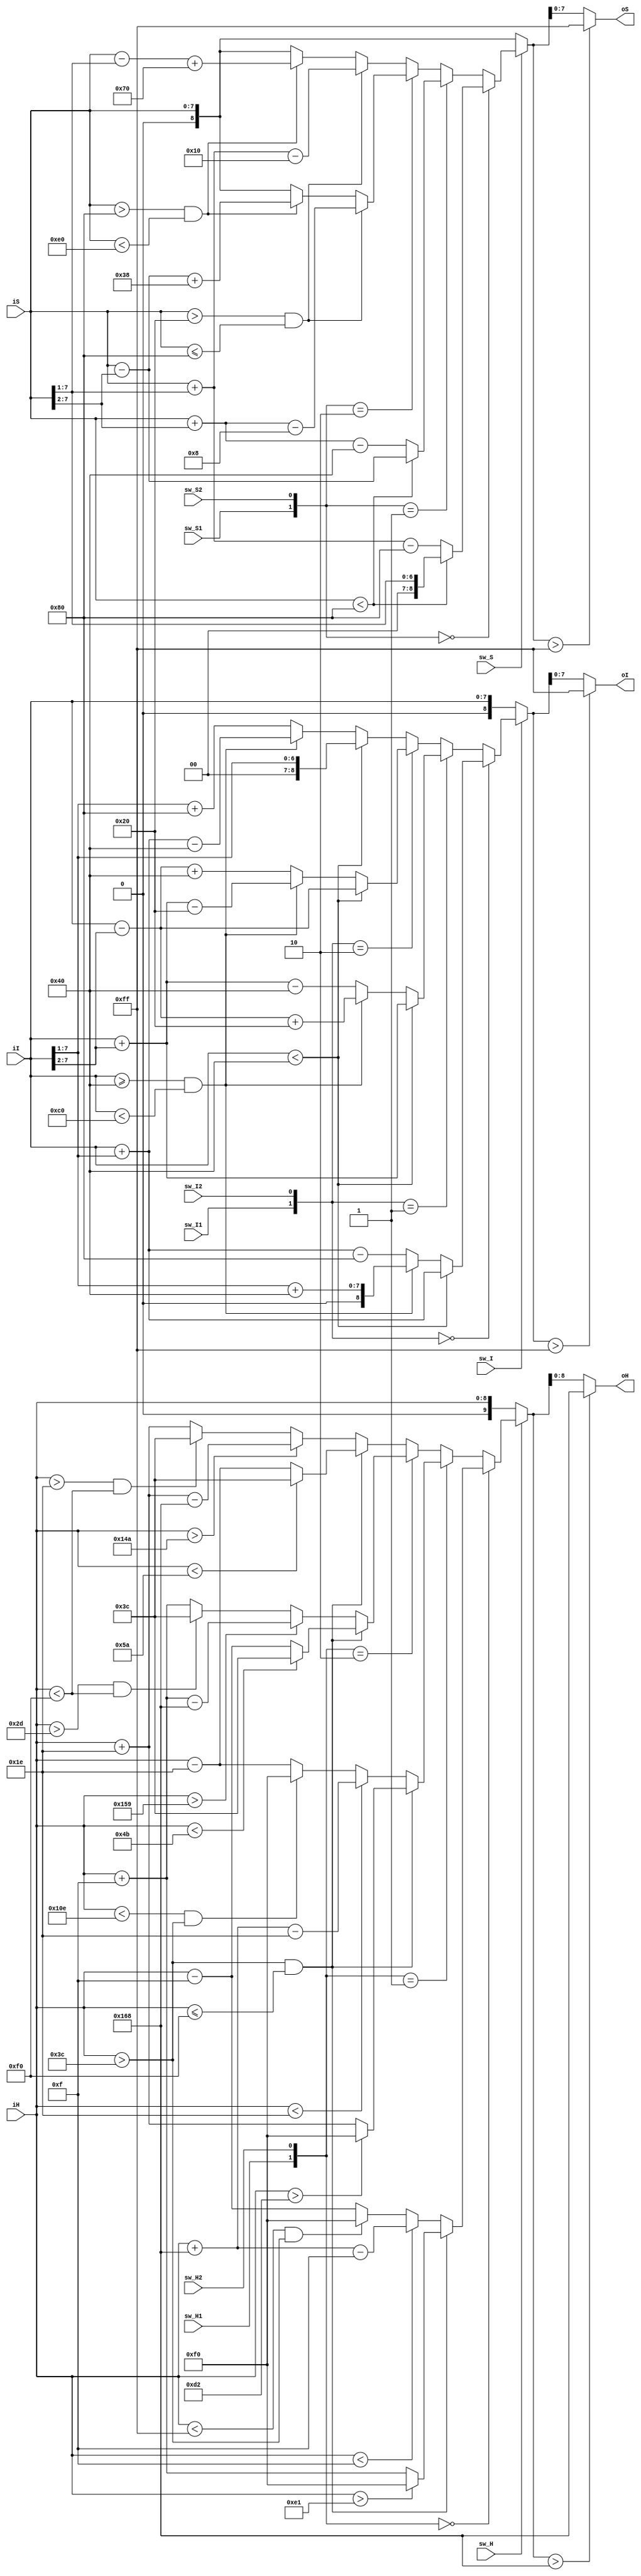
module HSI2HSI_ALL(
	iH,
	iS,
	iI,
	sw_H,
	sw_H1,
	sw_H2,
	sw_S,
	sw_S1,
	sw_S2,
	sw_I,
	sw_I1,
	sw_I2,
	oH,
	oS,
	oI
);
input		[8:0]	iH;
input		[7:0]	iS;
input		[7:0]	iI;
input               sw_H;
input               sw_H1;
input               sw_H2;
input               sw_S;
input               sw_S1;
input               sw_S2;
input               sw_I;
input               sw_I1;
input               sw_I2;
output      [8:0]   oH;
output      [7:0]   oS;
output      [7:0]   oI;

reg [9:0] oH_w;
reg [8:0] oS_w;
reg [8:0] oI_w;

localparam H_LEVEL1 = 15;
localparam H_LEVEL2 = 30;

assign oH = (oH_w > 360) ? 360 : oH_w[8:0]; 
assign oS = (oS_w > 255) ? 255 : oS_w[7:0];
assign oI = (oI_w > 255) ? 255 : oI_w[7:0];


always @(*) begin
	if(sw_H)begin
		if({sw_H1,sw_H2} == 2'b00)begin
			if(iH > 60 && iH <=240)begin
				oH_w = (iH>(240-H_LEVEL1)) ? 240 : (iH + H_LEVEL1);
			end // if(iH > 60 && iH <=240)
			else begin
				oH_w = (iH < H_LEVEL1) ? (iH+360-H_LEVEL1) : (iH<(240+H_LEVEL1) && iH > 60) ? 240 : (iH - H_LEVEL1); 
			end // else
		end // if({sw_H1,sw_H2} == 2'b00)
		else if({sw_H1,sw_H2} == 2'b01)begin
			if(iH > 60 && iH <=240)begin
				oH_w = (iH>(240-H_LEVEL2)) ? 240 : (iH + H_LEVEL2);
			end // if(iH > 60 && iH <=240)
			else begin
				oH_w = (iH < H_LEVEL2) ? (iH+360-H_LEVEL2) : (iH<(240+H_LEVEL2) && iH > 60) ? 240 : (iH - H_LEVEL2); 
			end // else
		end // if({sw_H1,sw_H2} == 2'b01)
		else if({sw_H1,sw_H2} == 2'b10)begin
			if(iH > 60 && iH <=240)begin
				oH_w = (iH<(60+H_LEVEL1))? 60 : (iH - H_LEVEL1) ;
			end // if(iH > 60 && iH <=240)
			else begin
				oH_w = (iH>(360-H_LEVEL1)) ? (iH + H_LEVEL1 - 360) : (iH>(60-H_LEVEL1) && iH < 240) ? 60 : iH + H_LEVEL1; 
			end // else
		end // else if({sw_H1,sw_H2} == 2'b10)	
		else begin
			if(iH > 60 && iH <=240)begin
				oH_w = (iH<(60+H_LEVEL2))? 60 : (iH - H_LEVEL2) ;
			end // if(iH > 60 && iH <=240)
			else begin
				oH_w = (iH>(360-H_LEVEL2)) ? (iH + H_LEVEL2 - 360) : (iH>(60-H_LEVEL2) && iH < 240) ? 60 : iH + H_LEVEL2; 
			end // else
		end // else

	end // if(sw_H)
	else begin
		oH_w = iH;
	end // else

	if(sw_S) begin
		if({sw_S1,sw_S2}==2'b00)begin
			oS_w = (iS<128) ? (iS >> 1) : (iS + (iS >> 1) - 128);
		end // if({sw_S1,sw_S2}==2'b00)
		else if({sw_S1,sw_S2}==2'b01)begin
			oS_w = (iS<128) ? (iS - (iS >> 2)) : (iS + (iS >> 2) - 64);
		end // else if({sw_S1,sw_S2}==2'b01)
		else if({sw_S1,sw_S2}==2'b10)begin
			oS_w = (iS>32 && iS<=128)?(iS + (iS >> 2) - 8) : (iS>128 && iS<224) ? (iS - (iS >> 2) + 56) : iS;
		end // else if({sw_S1,sw_S2}==2'b10)
		else begin
			oS_w = (iS>32 && iS<=128)?(iS + (iS >> 1) - 16) : (iS>128 && iS<224) ? (iS - (iS >> 1) + 112) : iS;
		end // else
	end // if(sw_S)
	else begin
		oS_w = iS;
	end // else

	if(sw_I) begin
		if({sw_I1,sw_I2}==2'b00)begin
			oI_w = (iI<64)?(iI+(iI>>1)):(iI>=64 && iI < 192)?((iI>>1)+64):(iI+(iI>>1)-128);
		end // if({sw_I1,sw_I2}==2'b00)
		else if({sw_I1,sw_I2}==2'b01)begin
			oI_w = (iI<64)?(iI+(iI>>2)):(iI>=64 && iI < 192)?(iI-(iI>>2)+32):(iI+(iI>>2)-64);
		end // else if({sw_I1,sw_I2}==2'b01)
		else if({sw_I1,sw_I2}==2'b10)begin
			oI_w = (iI<64)?(iI-(iI>>2)):(iI>=64 && iI < 192)?(iI+(iI>>2)-32):(iI-(iI>>2)+64);
		end // else if({sw_I1,sw_I2}==2'b10)
		else begin
			oI_w = (iI<64)?((iI>>1)):(iI>=64 && iI < 192)?(iI+(iI>>1)-64):((iI>>1)+128);
		end // else
	end // if(sw_I)
	else begin
		oI_w = iI;
	end // else



end


endmodule // HSI